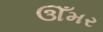
ઊઁમર